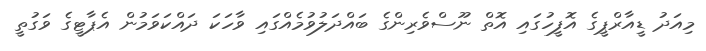
މިއަދު ޑީއާރްޕީގެ އޮފީހުގައި އޮތް ނޫސްވެރިންގެ ބައްދަލުވުމެއްގައި ވާހަކަ ދައްކަވަމުން އެޕާޓީގެ ވަގުތީ